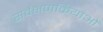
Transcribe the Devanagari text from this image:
सर्वेक्षणक्रियाओं